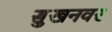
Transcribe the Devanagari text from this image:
सुखनवर